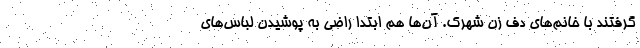
گرفتند با خانم‌های دف زن شهرک. آن‌ها هم ابتدا راضی به پوشیدن لباس‌های